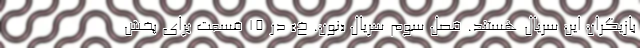
بازیگران این سریال هستند. فصل سوم سریال «نون. خ» در ۱۵ قسمت برای پخش